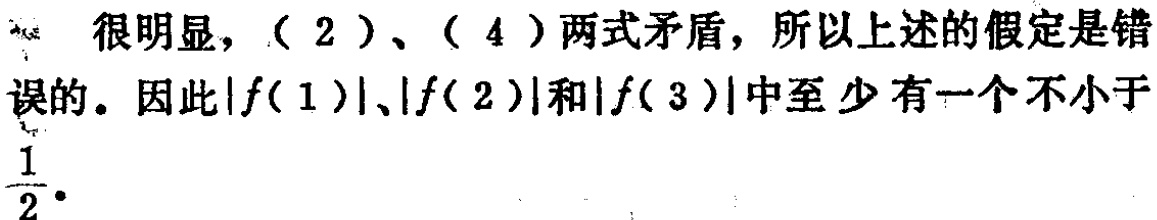
很明显，（2）、（4）两式矛盾，所以上述的假定是错误的。因此\(\vert f(1)\vert\)、\(\vert f(2)\vert\)和\(\vert f(3)\vert\)中至少有一个不小于\(\frac{1}{2}\)。